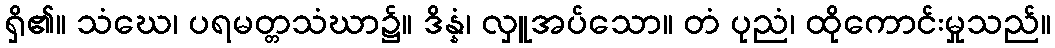
ရှိ၏။ သံဃေ၊ ပရမတ္တသံဃာ၌။ ဒိန္နံ၊ လှူအပ်သော။ တံ ပုညံ၊ ထိုကောင်းမှုသည်။